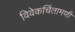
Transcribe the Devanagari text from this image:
विवेकचिंतामणी